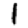
Digit: 1